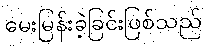
မေးမြန်းခဲ့ခြင်းဖြစ်သည်